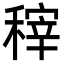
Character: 𮃟